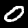
Label: 0